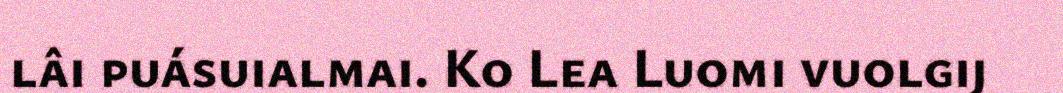
lâi puásuialmai. Ko Lea Luomi vuolgij